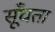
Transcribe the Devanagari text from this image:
सूँघता